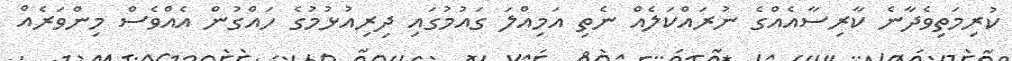
ކުރިމަތިވެދާނެ ކާރިސާއެއްގެ ނުރައްކަލެއް ނެތި އަމިއްލަ ގައުމުގައި ދިރިއުޅުމުގެ ހައްގުން އެއްވެސް މިންވަރެއް